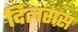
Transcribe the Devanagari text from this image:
दिलरास